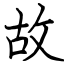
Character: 故